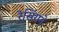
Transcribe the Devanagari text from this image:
रेसिंगने